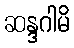
ဆန္ဒဂါမိ